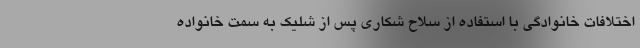
اختلافات خانوادگی با استفاده از سلاح شکاری پس از شلیک به سمت خانواده